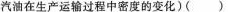
汽油在生产运输过程中密度的变化)( )